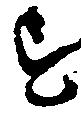
す